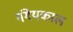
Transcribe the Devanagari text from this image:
गंगेयकाल